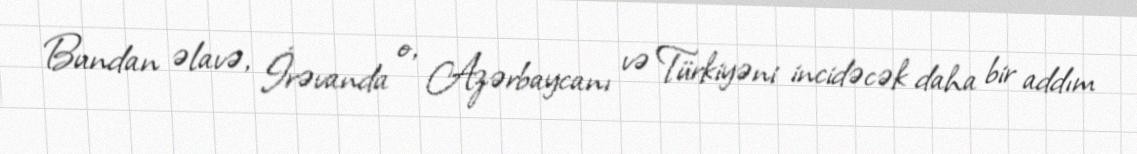
Bundan əlavə, İrəvanda o, Azərbaycanı və Türkiyəni incidəcək daha bir addım